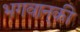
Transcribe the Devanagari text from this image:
भगवान्‌की